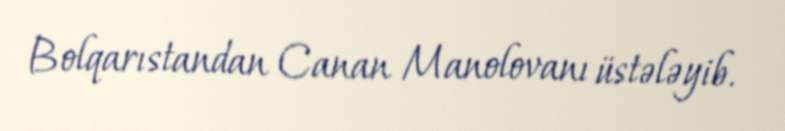
Bolqarıstandan Canan Manolovanı üstələyib.